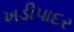
ખડીપાદર